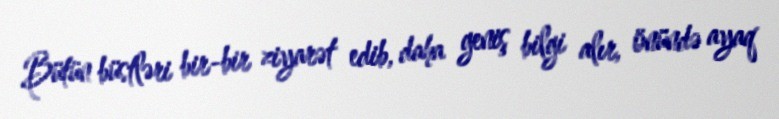
Bütün büstləri bir-bir ziyarət edib, daha geniş bilgi alır, önündə ayaq